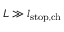
L \gg l _ { \mathrm { s t o p , c h } }